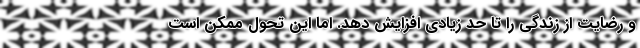
و رضایت از زندگی را تا حد زیادی افزایش دهد. اما این تحول ممکن است